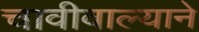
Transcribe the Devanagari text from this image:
चावीवाल्याने